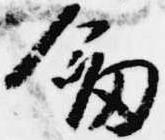
剣